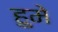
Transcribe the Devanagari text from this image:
हुमे